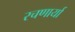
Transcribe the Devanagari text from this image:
रचणार्या